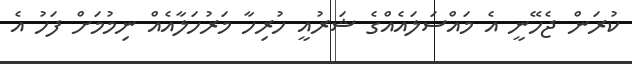
ކުރަން ޖެހޭނީ އެ މައްސަލައެއްގެ ޝަރުއީ ހުރިހާ މަރުހަލާއެއް ނިމުމަށް ފަހު އެ